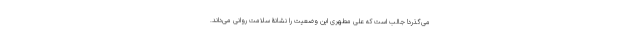
می‌گذرد! جالب است که علی مطهری این وضعیت را نشانۀ سلامت روانی می‌داند.